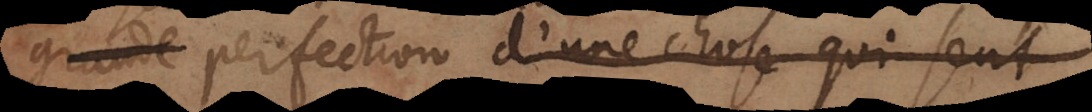
grande perfection d’une chose qui sent